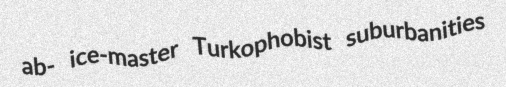
ab- ice-master Turkophobist suburbanities